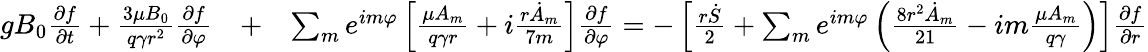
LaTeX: \begin{array}{rlr}{gB_{0}\frac{\partial f}{\partial t}+\frac{3\mu B_{0}}{q\gamma r^{2}}\frac{\partial f}{\partial\varphi}}&{+}&{\sum_{m}e^{im\varphi}\left[\frac{\mu A_{m}}{q\gamma r}+i\frac{r\dot{A}_{m}}{7m}\right]\frac{\partial f}{\partial\varphi}=-\left[\frac{r\dot{S}}{2}+\sum_{m}e^{im\varphi}\left(\frac{8r^{2}\dot{A}_{m}}{21}-im\frac{\mu A_{m}}{q\gamma}\right)\right]\frac{\partial f}{\partial r}}\end{array}